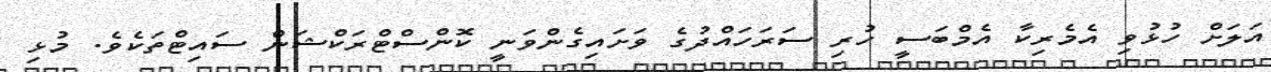
އަލަށް ހުޅުވި އެމެރިކާ އެމްބަސީ ހުރި ސަރަހައްދުގެ ވަށައިގެންވަނީ ކޮންސްޓްރަކްޝަން ސައިޓްތަކެވެ. މުޅި